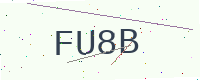
Text: FU8B